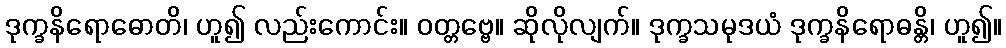
ဒုက္ခနိရောဓောတိ၊ ဟူ၍ လည်းကောင်း။ ဝတ္တဗ္ဗေ။ ဆိုလိုလျက်။ ဒုက္ခသမုဒယံ ဒုက္ခနိရောဓန္တိ၊ ဟူ၍။